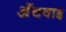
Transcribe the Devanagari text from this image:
अँचवाइ